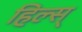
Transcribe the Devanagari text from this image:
हिल्स्